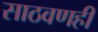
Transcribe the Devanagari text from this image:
साठवणही